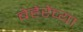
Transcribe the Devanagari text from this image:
बेहेरेंच्या